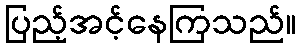
ပြည့်အင့်နေကြသည်။